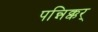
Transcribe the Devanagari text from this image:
पन्निक्कर्